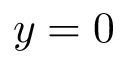
y = 0